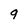
Character: q